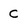
Character: C